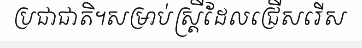
ប្រជាជាតិ។សម្រាប់ស្ត្រីដែលជ្រើសរើស